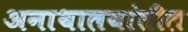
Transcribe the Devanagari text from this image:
अनाथालयांतील